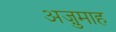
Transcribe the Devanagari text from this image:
अज़ुमाह